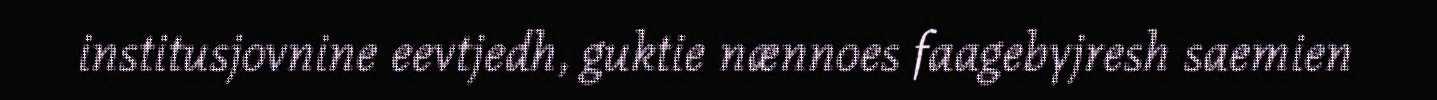
institusjovnine eevtjedh, guktie nænnoes faagebyjresh saemien